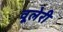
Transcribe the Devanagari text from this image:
वूलेरी